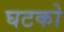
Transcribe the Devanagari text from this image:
घटको